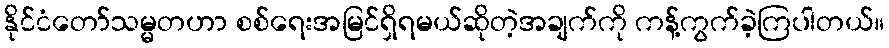
နိုင်ငံတော်သမ္မတဟာ စစ်ရေးအမြင်ရှိရမယ်ဆိုတဲ့အချက်ကို ကန့်ကွက်ခဲ့ကြပါတယ်။